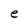
Character: e